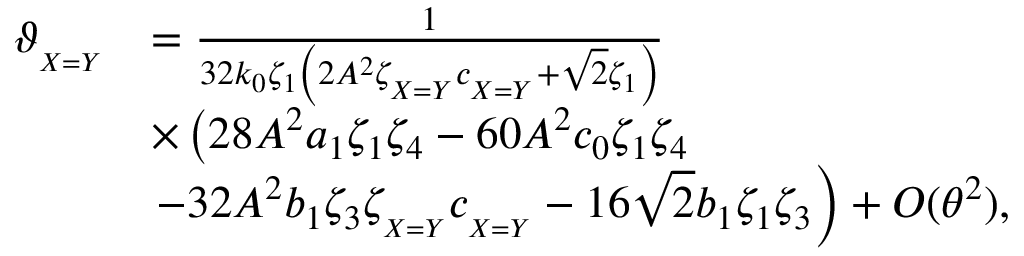
\begin{array} { r l } { \vartheta _ { _ { X = Y } } } & { = \frac { 1 } { 3 2 k _ { 0 } \zeta _ { 1 } \left( 2 A ^ { 2 } \zeta _ { _ { X = Y } } c _ { _ { X = Y } } + \sqrt { 2 } \zeta _ { 1 } \right) } } \\ & { \times \left( 2 8 A ^ { 2 } a _ { 1 } \zeta _ { 1 } \zeta _ { 4 } - 6 0 A ^ { 2 } c _ { 0 } \zeta _ { 1 } \zeta _ { 4 } \right. } \\ & { \left. - 3 2 A ^ { 2 } b _ { 1 } \zeta _ { 3 } \zeta _ { _ { X = Y } } c _ { _ { X = Y } } - 1 6 \sqrt { 2 } b _ { 1 } \zeta _ { 1 } \zeta _ { 3 } \right) + O ( \theta ^ { 2 } ) , } \end{array}